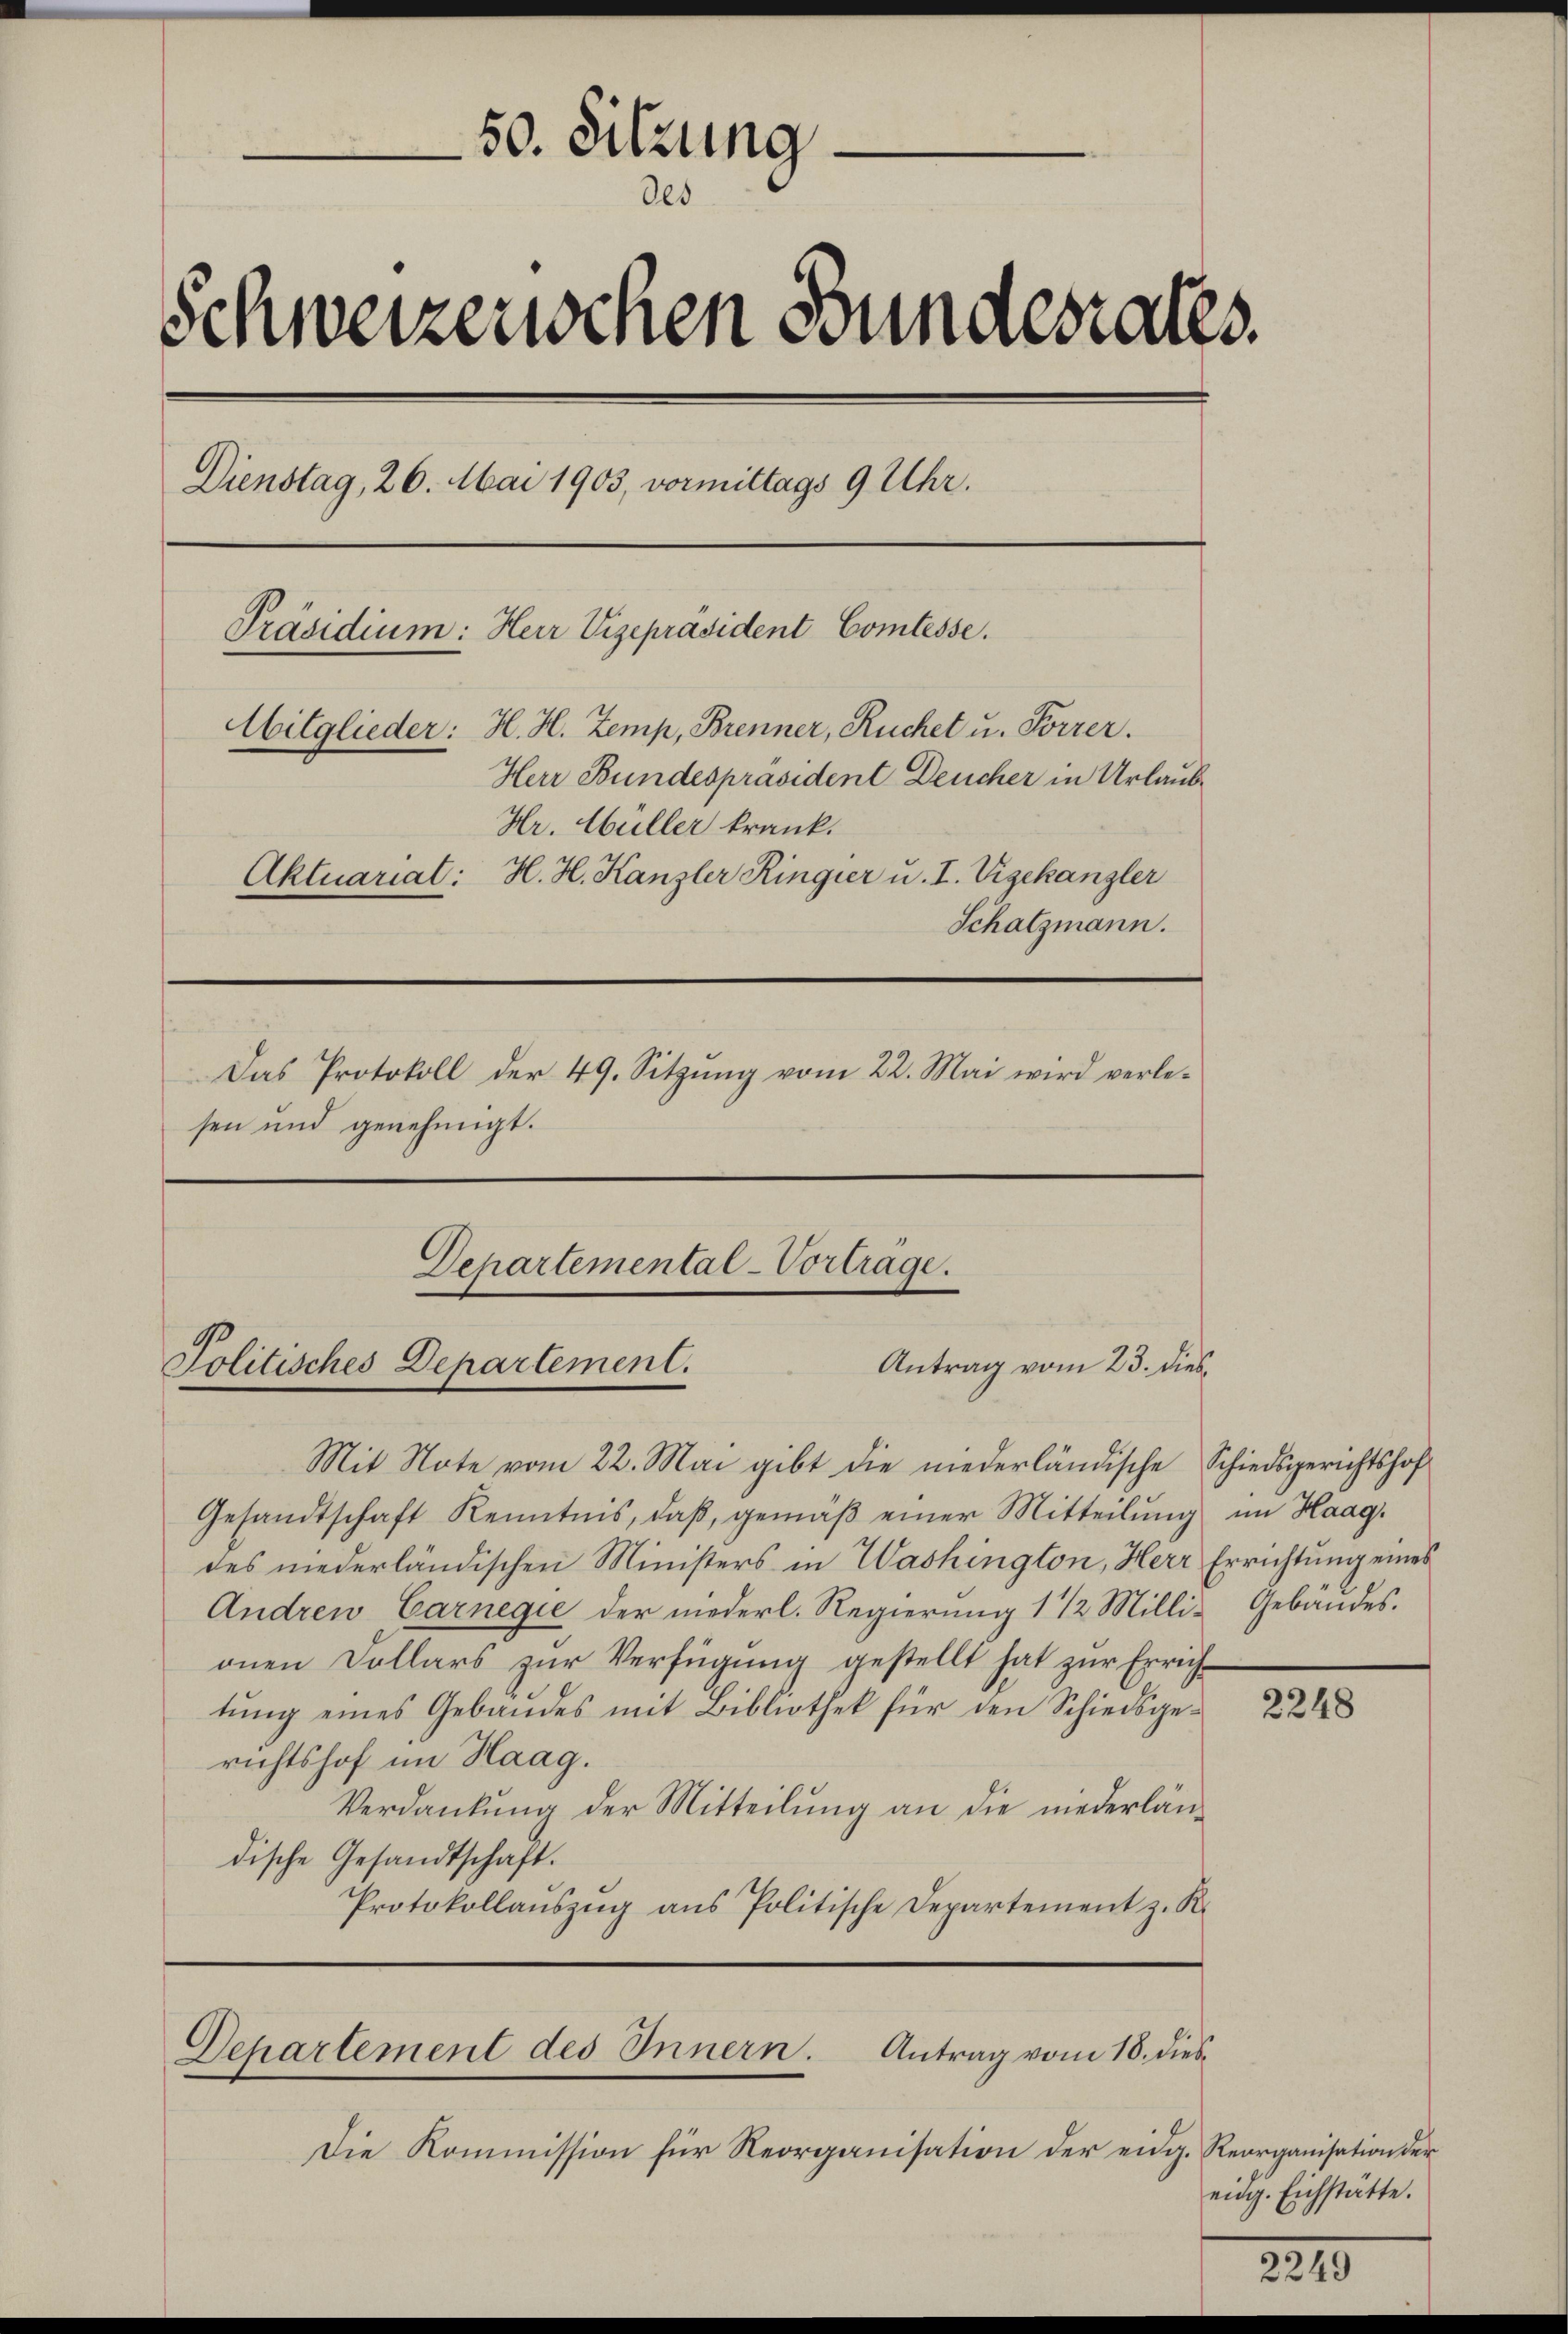
50. Sitzung.
.
des
Schweizerischen Bundesrates.
Dienstag, 26. Mai 1903, vormittags 9 Uhr.
Präsidium: Herr Vizepräsident Comtesse.
Mitglieder: H. H. Zemp, Brenner, Ruchet u. Forrer.
Herr Bundespräsident Deucher in Urlaub
Hr. Hüller krank.
Aktuariat: H. H. Kanzler Ringier u. I. Vigekanzler
Schatzmann.
Das Protokoll der 49. Sitzŭng vom 22. Mai wird verle-
sen und genehmigt.

Departemental-Vortrage.
Antrag vom 23. dies
Politisches Departement.

Mit Note vom 22. Mai gibt die niederländische Schiedsgerichtshof
Gesandtschaft Kenntnis, daβ gemäβ einer Mitteilŭng im Haag.
des niederländischen Ministers in Washington, Herr Errichtung eines
Andren Carnegie der niederl. Regierung 1 1/2 Milli-Gebäudes.
anen Dollars Verfügung gestellt hat zur Errichtung eines Gebäudes mit Bibliothek für den Schiedsgerichtshof im Haag.
Verdankŭng der Mitteilŭng an die niederländische Gesandtschaft.
Protokollaŭszŭg ans Politische Departement z. R.

Departement des Innern. Antrag vom 18. dies¬

Die Kommission für Reorganisation der eidg. Reorganisation der

2248

eidg. Eichstätte.